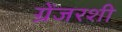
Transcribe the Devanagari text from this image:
ग्रेंजरशी